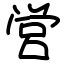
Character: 営